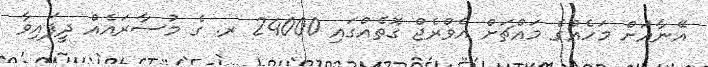
އޭނާއަށް މަހެއްގެ މައްޗަށް އެވްރެޖް ގޮތެއްގައި 24000 ރ. ގެ މުސާރައެއް ދީފައިވާ